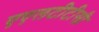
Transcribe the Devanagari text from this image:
एएलटीटीसी